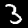
Digit: 3